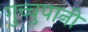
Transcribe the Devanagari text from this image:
गुच्चुपानी